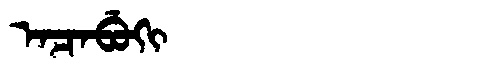
Manchu: ᠠᠴᠠᠪᡠᡴᡳ
Romanization: ACABUKI